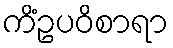
ကိံဥပဝိစာရာ